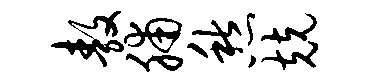
敖脯愁兢